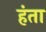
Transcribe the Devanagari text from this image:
हंता